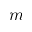
m